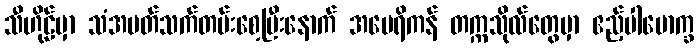
သီဟိုဠ်မှာ သံအမတ်သက်တမ်းစေ့ပြီးနောက် အမေရိကန် တက္ကသိုလ်တွေမှာ ဧည့်ပါမောက္ခ